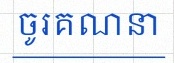
ចូរគណនា